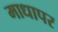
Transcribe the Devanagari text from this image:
माधापर